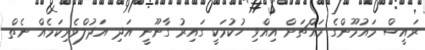
ރައީސް މައުމޫންގެ މައްޗަށް އިއްވި ހުކުމަކީ ގައިރު ގާނޫނީ އަދި އަދުލްވެރިކަމެއް ނެތް